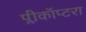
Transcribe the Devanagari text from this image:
प्लीकॉप्टरा